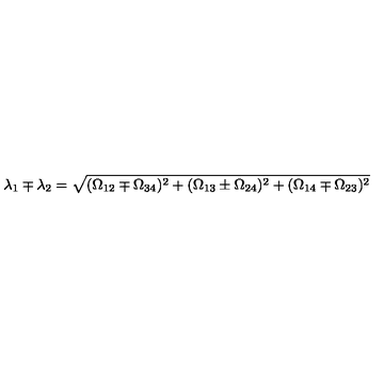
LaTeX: \lambda _ { 1 } \mp \lambda _ { 2 } = \sqrt { ( \Omega _ { 1 2 } \mp \Omega _ { 3 4 } ) ^ { 2 } + ( \Omega _ { 1 3 } \pm \Omega _ { 2 4 } ) ^ { 2 } + ( \Omega _ { 1 4 } \mp \Omega _ { 2 3 } ) ^ { 2 } }